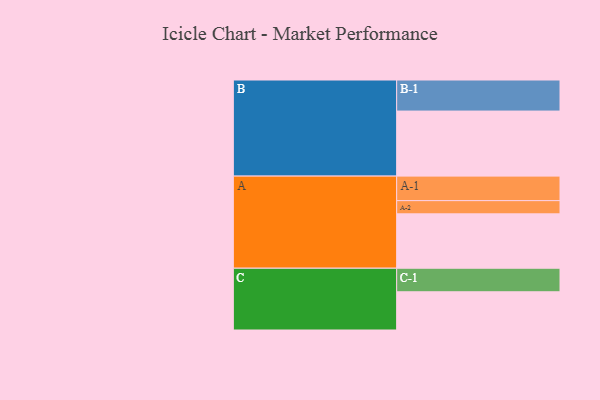
{"axis": {"x": "Segment", "y": "Value"}, "legend": ["", "A", "B", "C"], "data": [{"x": "A", "y": 448, "type": ""}, {"x": "B", "y": 536, "type": ""}, {"x": "C", "y": 315, "type": ""}, {"x": "A-1", "y": 202, "type": "A"}, {"x": "A-2", "y": 109, "type": "A"}, {"x": "B-1", "y": 256, "type": "B"}, {"x": "C-1", "y": 194, "type": "C"}]}